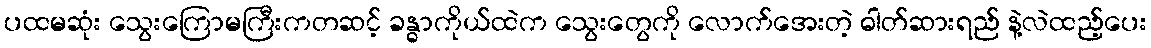
ပထမဆုံး သွေးကြောမကြီးကတဆင့် ခန္ဓာကိုယ်ထဲက သွေးတွေကို လောက်အေးတဲ့ ဓါတ်ဆားရည် နဲ့လဲထည့်ပေး